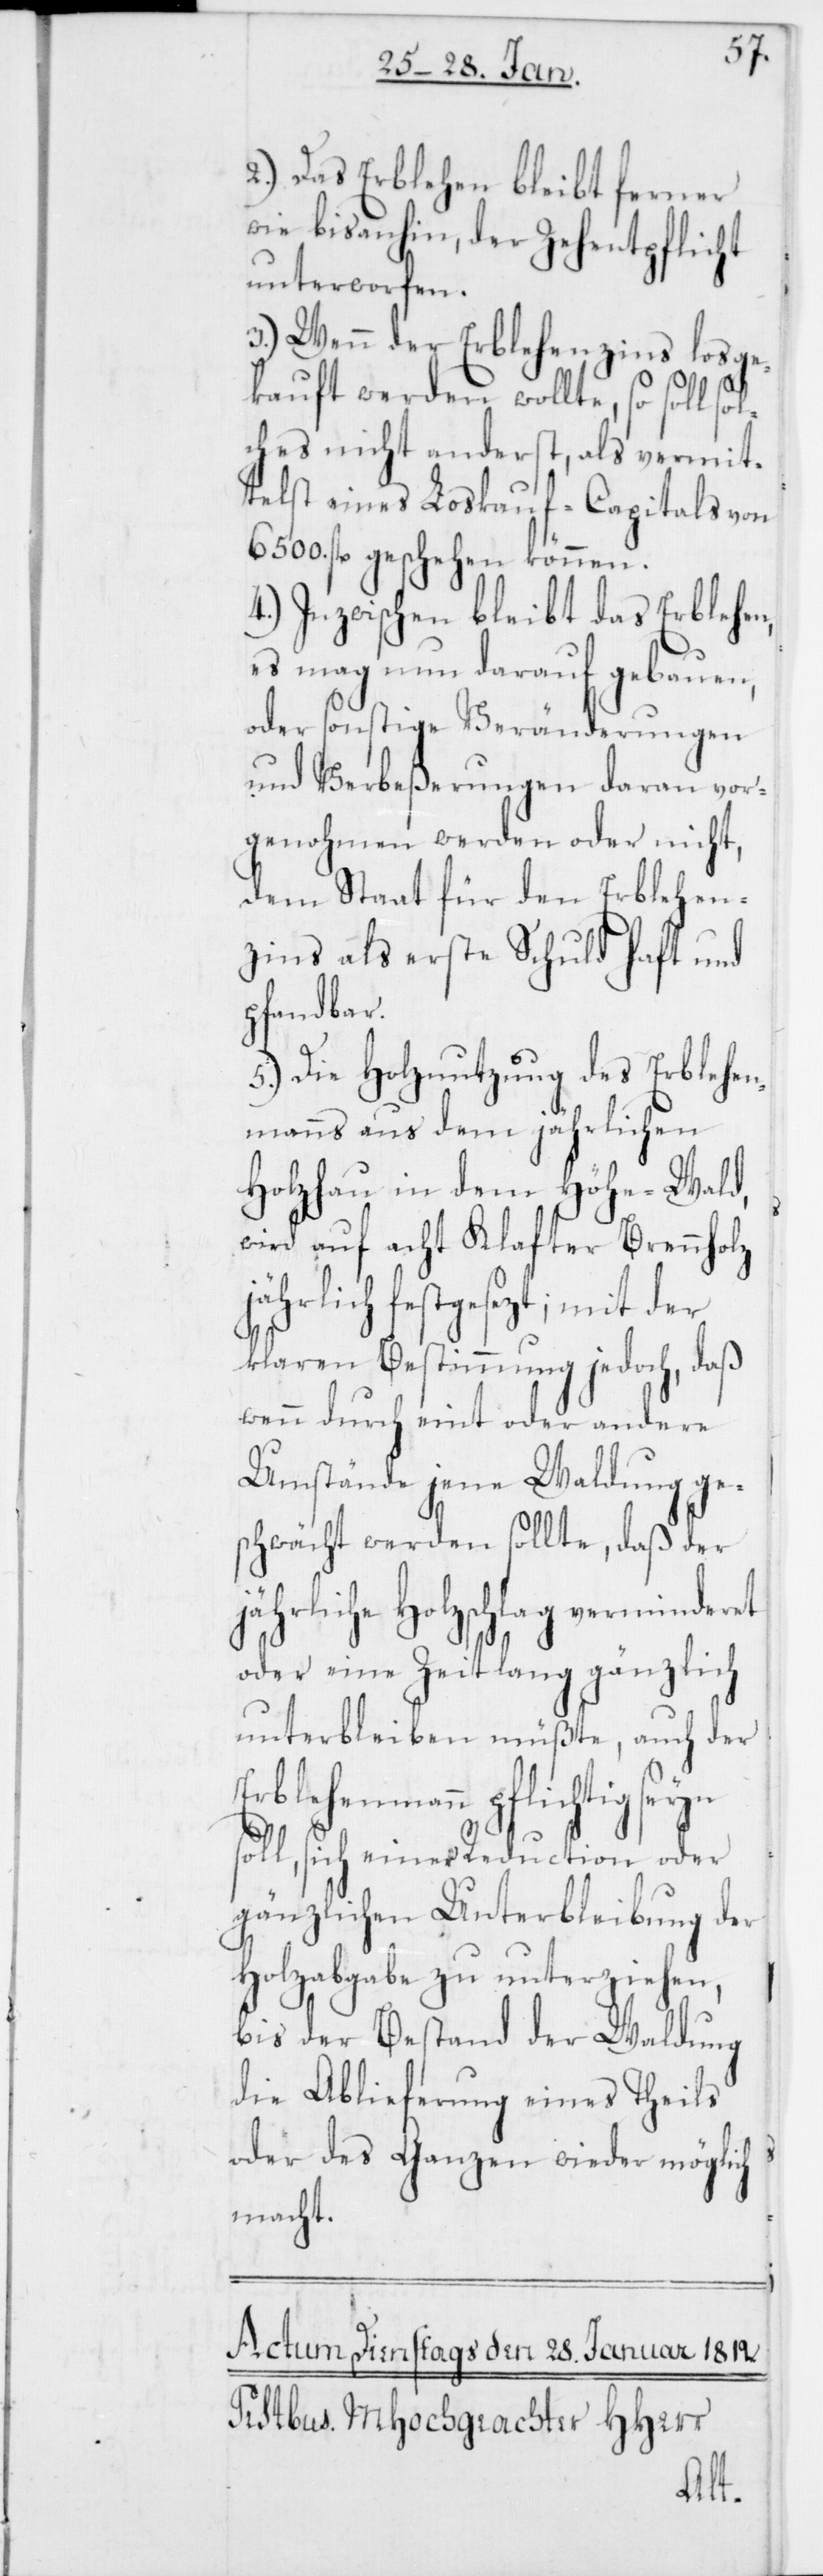
2.) Das Erblehen bleibt ferner
wie bis anhin, der Zehentpflicht
unterworfen.
3.) Wenn der Erblehenzins losge¬
kauft werden wollte, so soll so¬
lches nicht anderst, als vermit¬
telst eines Loskauf-Capitals von
6500. fl. geschehen können.
4.) Inzwischen bleibt das Erblehen,
es mag nun darauf gebauen,
oder sonstige Veränderungen
und Verbeßerungen daran vor¬
genohmen werden oder nicht,
dem Staat für den Erblehen¬
zins als erste Schuld haft und
pfandbar.
5.) Die Holznutzung des Erblehen¬
manns aus dem jährlichen
Holzhau in dem Höhe-Wald,
wird auf acht Klafter Brennholz
jährlich festgesezt; mit der
klaren Bestimmung jedoch, daß
wenn durch eint oder andere
Umstände jene Waldung ge¬
schwächt werden sollte, daß der
hrliche Holzschlag verminder¬
oder eine Zeit lang gänzlich
unterbleiben müßte, auch der
Erblehenmann pflichtig seyn
oll, sich einer Reduction oder
gänzlichen Unterbleibung der
Holzabgabe zu unterziehen,
bis der Bestand der Waldung
die Ablieferung eines Theils
oder des Ganzen wieder möglich
macht.
s¬